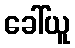
ခေါ်ယူ